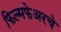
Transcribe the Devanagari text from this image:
फिल्मफेअरचे